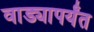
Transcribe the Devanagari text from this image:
वाड्यापर्यंत